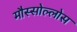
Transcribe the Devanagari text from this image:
मौस्सोल्लोस